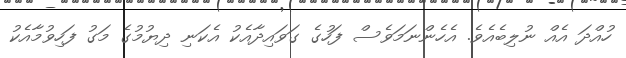
ހުއްދަ އެއް ނުލިބެއެވެ. އެހެންނަމަވެސް ފަހުގެ ގަވައިދާއެކު އެކަނި ދިޔުމުގެ މަގު ފަހިވުމާއެކު